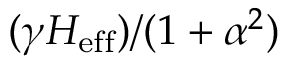
( \gamma H _ { \mathrm { e f f } } ) / ( 1 + \alpha ^ { 2 } )